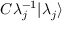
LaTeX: C \lambda _ { j } ^ { - 1 } | \lambda _ { j } \rangle